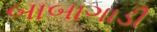
બાબાગાડી